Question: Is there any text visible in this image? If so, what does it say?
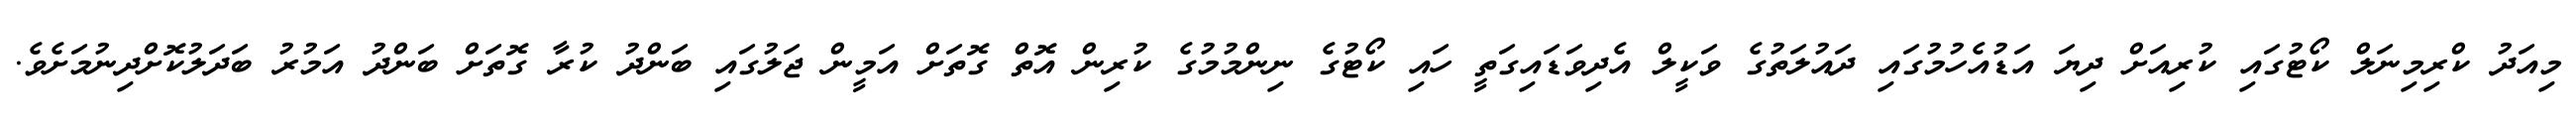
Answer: މިއަދު ކްރިމިނަލް ކޯޓުގައި ކުރިއަށް ދިޔަ އަޑުއެހުމުގައި ދައުލަތުގެ ވަކީލް އެދިވަޑައިގަތީ ހައި ކޯޓުގެ ނިންމުމުގެ ކުރިން އޮތް ގޮތަށް އަމީން ޖަލުގައި ބަންދު ކުރާ ގޮތަށް ބަންދު އަމުރު ބަދަލުކޮށްދިނުމަށެވެ.